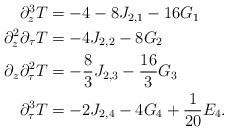
LaTeX: \begin{align*}\begin{aligned} \partial_z^3 T & = -4 - 8 J_{2,1} - 16 G_1 \\ \partial_z^2 \partial_\tau T & = -4 J_{2,2} - 8 G_2 \\ \partial_z \partial_\tau^2 T & = - \frac{8}{3} J_{2,3} - \frac{16}{3} G_3 \\ \partial_\tau^3 T & = -2 J_{2,4} - 4 G_4 + \frac{1}{20} E_4.\end{aligned} \end{align*}